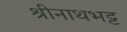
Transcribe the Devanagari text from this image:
श्रीनाथभट्ट